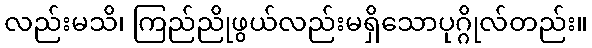
လည်းမသိ၊ ကြည်ညိုဖွယ်လည်းမရှိသောပုဂ္ဂိုလ်တည်း။